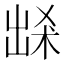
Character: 𭂽